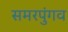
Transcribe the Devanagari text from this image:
समरपुंगव